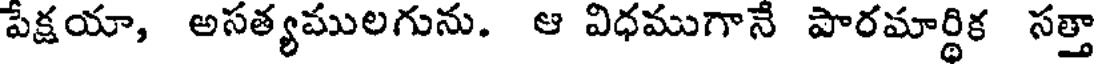
పేక్షయా, అసత్యములగును. ఆ విధముగానే పారమార్థిక సత్తా